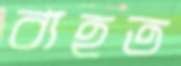
ব্যহত